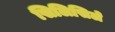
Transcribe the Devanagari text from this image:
सिलिसिले